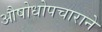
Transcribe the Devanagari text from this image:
औषोधोपचाराने